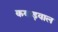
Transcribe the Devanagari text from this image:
कबाड़वाल